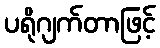
ပရိုဂျက်တာဖြင့်